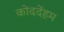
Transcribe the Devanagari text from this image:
कोददेंहम